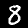
Label: 8